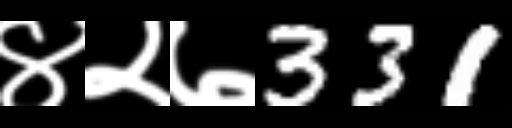
Text: ४२७331